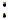
: